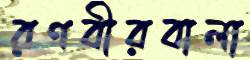
রণবীরবালা